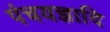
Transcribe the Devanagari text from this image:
पंचयज्ञादि